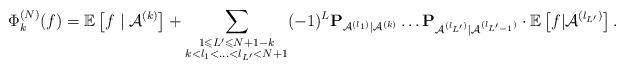
LaTeX: \begin{align*}\Phi_{k}^{(N)}(f)=\mathbb{E}\left[ f\mid\mathcal{A}^{(k)}\right]+\sum_{\substack{1\leqslant L^{\prime}\leqslant N+1-k\\k<l_{1}<...<l_{L^{\prime}}<N+1}}(-1)^{L}\mathbf{P}_{\mathcal{A}^{(l_{1})}|\mathcal{A}^{(k)}}\dots\mathbf{P}_{\mathcal{A}^{(l_{L^{\prime}})}|\mathcal{A}^{(l_{L^{\prime}-1})}}\cdot\mathbb{E}\left[f|\mathcal{A}^{(l_{L^{\prime}})}\right].\end{align*}